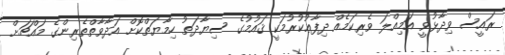
ރައީސް ވިދާޅުވީ އަމިއްލަ ވެރިކަމެއް ދިފާޢުކުރުމަކީ ޤައުމުގެ ސިޔާދަތު ހިމާޔަތްކޮށް އަދާވާތްތެރިންގެ މައްޗަށް